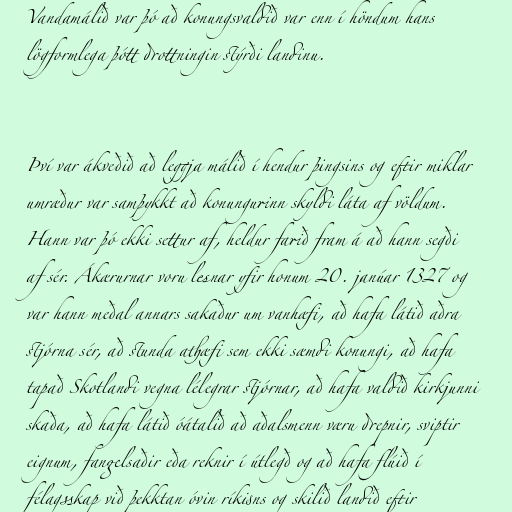
Vandamálið var þó að konungsvaldið var enn í höndum hans
lögformlega þótt drottningin stýrði landinu.

Því var ákveðið að leggja málið í hendur þingsins og eftir miklar
umræður var samþykkt að konungurinn skyldi láta af völdum.
Hann var þó ekki settur af, heldur farið fram á að hann segði
af sér. Ákærurnar voru lesnar yfir honum 20. janúar 1327 og
var hann meðal annars sakaður um vanhæfi, að hafa látið aðra
stjórna sér, að stunda athæfi sem ekki sæmdi konungi, að hafa
tapað Skotlandi vegna lélegrar stjórnar, að hafa valdið kirkjunni
skaða, að hafa látið óátalið að aðalsmenn væru drepnir, sviptir
eignum, fangelsaðir eða reknir í útlegð og að hafa flúið í
félagsskap við þekktan óvin ríkisns og skilið landið eftir